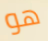
هو